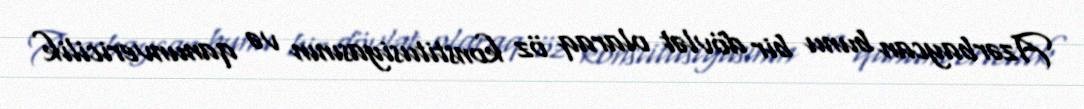
Azərbaycan bunu bir dövlət olaraq öz konstitusiyasının və qanunvericilik